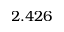
2 . 4 2 6